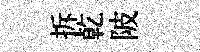
拆乾陂